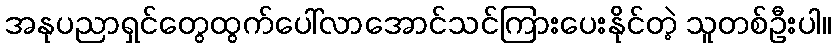
အနုပညာရှင်တွေထွက်ပေါ်လာအောင်သင်ကြားပေးနိုင်တဲ့ သူတစ်ဦးပါ။